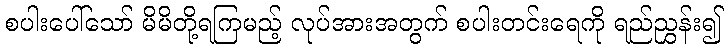
စပါးပေါ်သော် မိမိတို့ရကြမည့် လုပ်အားအတွက် စပါးတင်းရေကို ရည်ညွှန်း၍